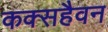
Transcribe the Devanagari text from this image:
कक्सहैवन